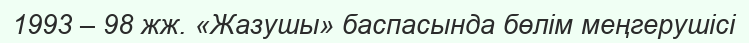
1993 – 98 жж. «Жазушы» баспасында бөлім меңгерушісі